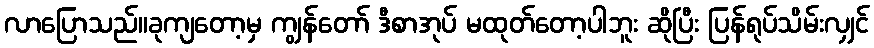
လာပြောသည်။ခုကျတော့မှ ကျွန်တော် ဒီစာအုပ် မထုတ်တော့ပါဘူး ဆိုပြီး ပြန်ရုပ်သိမ်းလျှင်